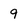
Character: 9